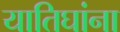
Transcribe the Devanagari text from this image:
यातिघांना